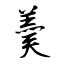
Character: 羮